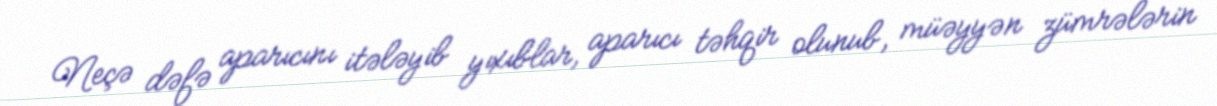
Neçə dəfə aparıcını itələyib yıxıblar, aparıcı təhqir olunub, müəyyən zümrələrin